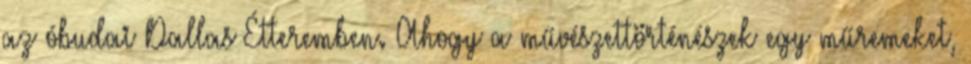
az óbudai Dallas Étteremben. Ahogy a művészettörténészek egy műremeket,